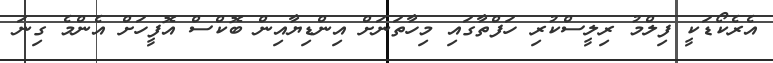
އެރެކޯޑަކީ ފިލްމު ރިލީސްކުރި ހަފްތާގައި މިހާތަނަށް އިންޑިޔާއިން ބޮކްސް އޮފީހަށް އެންމެ ގިނަ